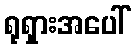
ရုရှားအပေါ်